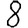
Digit: 8